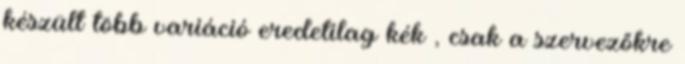
készült több variáció eredetilag kék , csak a szervezőkre